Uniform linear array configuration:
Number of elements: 48
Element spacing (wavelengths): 0.75
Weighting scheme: kaiser
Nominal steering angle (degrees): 60
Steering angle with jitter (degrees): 60.159
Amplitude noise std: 0.05
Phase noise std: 0.05

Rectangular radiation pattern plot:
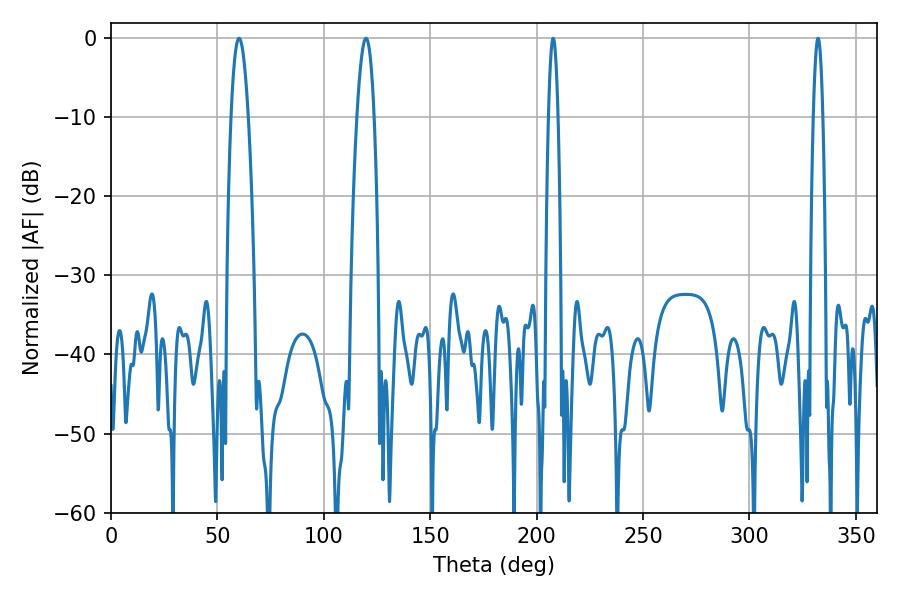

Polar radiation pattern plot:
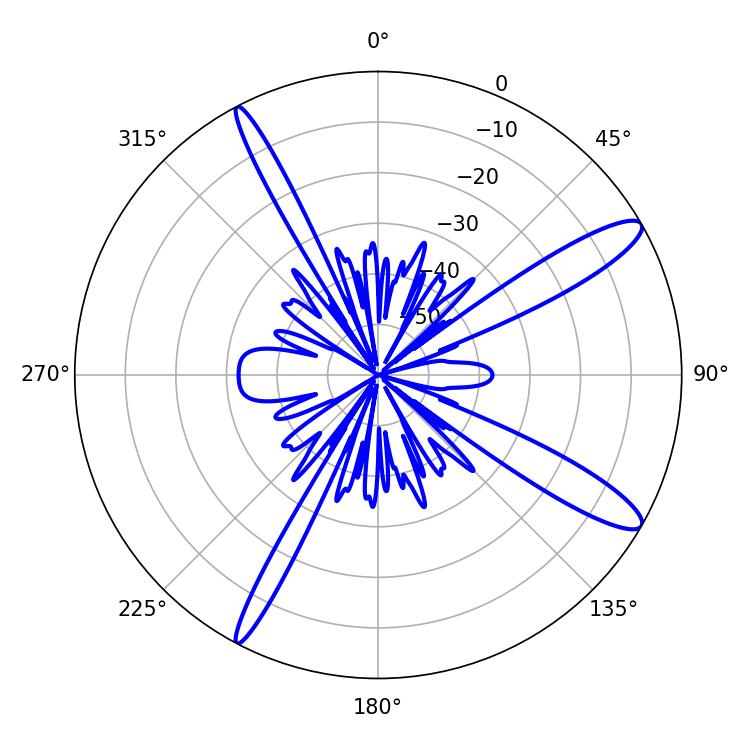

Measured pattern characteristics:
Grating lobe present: TRUE
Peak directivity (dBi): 12.922
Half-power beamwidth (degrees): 4.5
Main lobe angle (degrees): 119.88